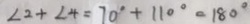
\angle 2 + \angle 4 = 7 0 ^ { \circ } + 1 1 0 ^ { \circ } = 1 8 0 ^ { \circ }